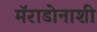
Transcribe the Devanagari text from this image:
मॅराडोनाशी